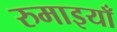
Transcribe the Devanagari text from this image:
रुमाइयाँ